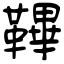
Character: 鞸